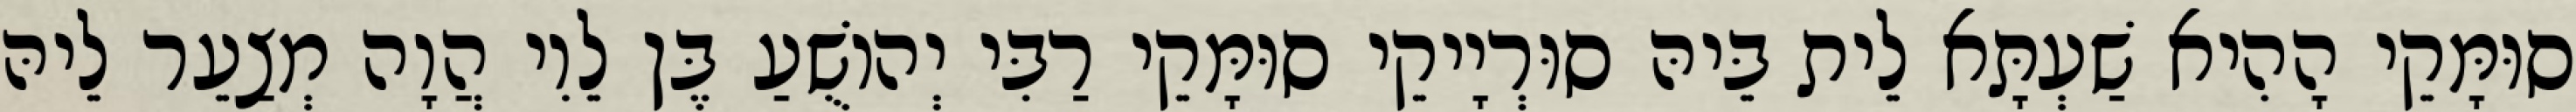
סוּמָּקֵי הָהִיא שַׁעְתָּא לֵית בֵּיהּ סוּרְיָיקֵי סוּמָּקֵי רַבִּי יְהוֹשֻׁעַ בֶּן לֵוִי הֲוָה מְצַעֵר לֵיהּ